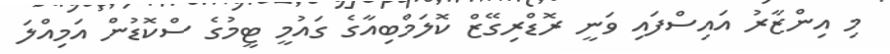
މި އިންޒާރު އައިސްފައި ވަނީ ރޮޑްރިގޭޒް ކޮލަމްބިއާގެ ގައުމީ ޓީމުގެ ސްކޮޑުން އަމިއްލަ